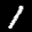
Label: 1